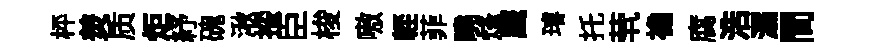
枰羙质炬紓磈湫挼臣梭嗷䡖菲曉烽鹰璿托茕襜腐浩溺間